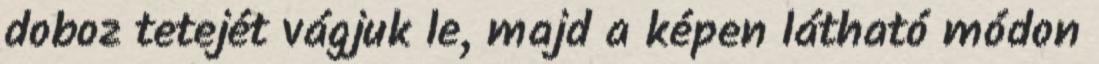
doboz tetejét vágjuk le, majd a képen látható módon